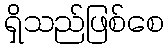
ရှိသည်ဖြစ်စေ